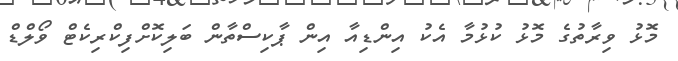
މޮޅު ވިރާތުގެ މޮޅު ކުޅުމާ އެކު އިންޑިއާ އިން ޕާކިސްތާން ބަލިކޮށްފިކްރިކެޓް ވޯލްޑް